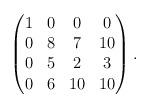
LaTeX: \begin{align*}\begin{pmatrix}1&0&0&0\\0&8&7&10\\0&5&2&3\\0&6&10&10\end{pmatrix}.\end{align*}